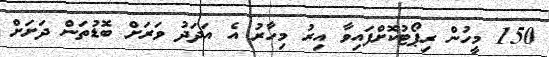
150 މީހުން ރިޕޯޓުކޮށްފައިވާ އިރު މިހާރު އެ އަދަދު ވަރަށް ބޮޑުތަން ދަށަށް